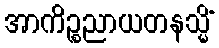
အာကိဉ္စညာယတနသ္မိံ